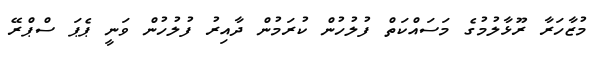
މުޒާހަރާ ރޫޅާލުމުގެ މަސައްކަތް ފުލުހުން ކުރަމުން ދާއިރު ފުލުހުން ވަނީ ޕެޕަ ސްޕްރޭ